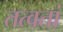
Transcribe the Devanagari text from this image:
तत्वतां